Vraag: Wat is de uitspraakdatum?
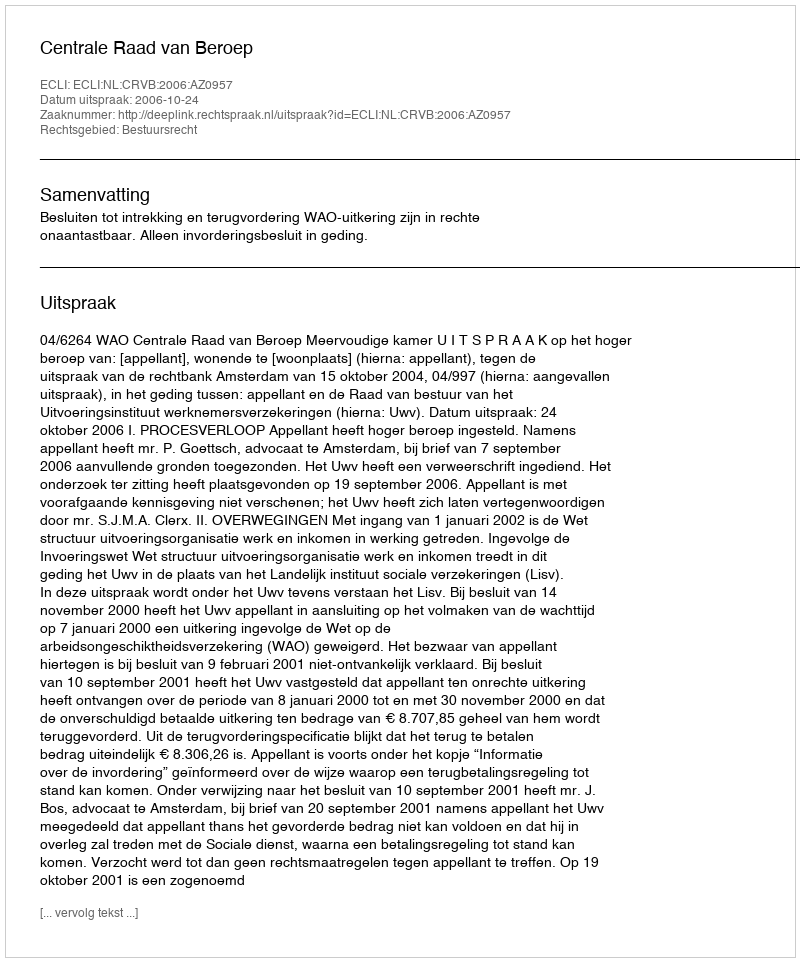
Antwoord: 2006-10-24